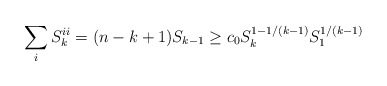
\begin{align*}\sum_i S^{ii}_k = (n - k + 1) S_{k - 1} \geq c_0 S_k^{1 - 1/(k-1)} S_1^{1/(k-1)}\end{align*}